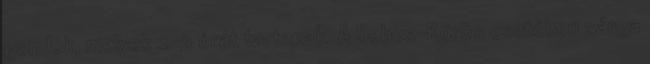
gondok, melyek 2-3 órát tartanak. A Sebes-Körös esetében sárga